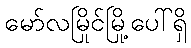
မော်လမြိုင်မြို့ပေါ်ရှိ